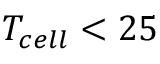
T _ { c e l l } < 2 5